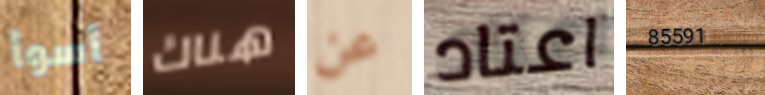
أسوأ هناك عن اعتاد 85591